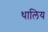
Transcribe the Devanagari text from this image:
थालिय